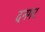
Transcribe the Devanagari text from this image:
दनगर